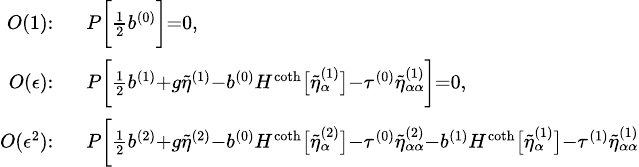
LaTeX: \begin{array}{rl}{{\scriptstyle O(1):}}&{{}\, {\scriptstyle P\bigg[\frac{1}{2}b^{(0)}\bigg]=0,}}\\ {{\scriptstyle O(\epsilon):}}&{{}\, {\scriptstyle P\bigg[\frac{1}{2}b^{(1)}+g\tilde{\eta}^{(1)}-b^{(0)}H^{\coth}\big[\tilde{\eta}_{\alpha}^{(1)}\big]-\tau^{(0)}\tilde{\eta}_{\alpha\alpha}^{(1)}\bigg]=0,}}\\ {{\scriptstyle O(\epsilon^{2}):}}&{{}\, {\scriptstyle P\bigg[\frac{1}{2}b^{(2)}+g\tilde{\eta}^{(2)}-b^{(0)}H^{\coth}\big[\tilde{\eta}_{\alpha}^{(2)}\big]-\tau^{(0)}\tilde{\eta}_{\alpha\alpha}^{(2)}-b^{(1)}H^{\coth}\big[\tilde{\eta}_{\alpha}^{(1)}\big]-\tau^{(1)}\tilde{\eta}_{\alpha\alpha}^{(1)}}}\end{array}